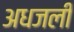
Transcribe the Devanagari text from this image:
अधजली